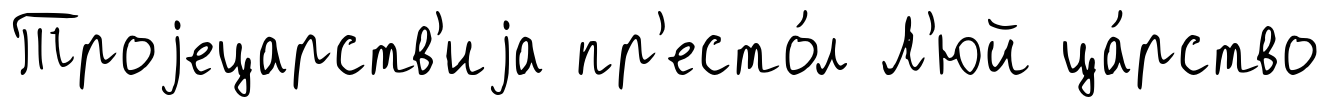
Троjецарств'иjа пр'есто́л Л'юй ца́рство